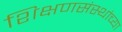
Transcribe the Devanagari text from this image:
शिक्षणसंस्थांच्या